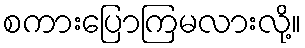
စကားပြောကြမလားလို့။